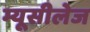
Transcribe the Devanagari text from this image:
म्यूसीलेज